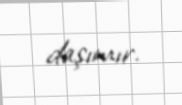
daşımır.